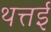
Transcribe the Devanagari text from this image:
थत्तई